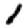
Digit: 1